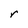
Character: r